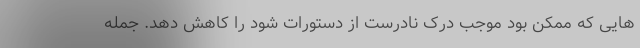
هایی که ممکن بود موجب درک نادرست از دستورات شود را کاهش دهد. جمله